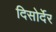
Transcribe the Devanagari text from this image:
दिसोर्देर